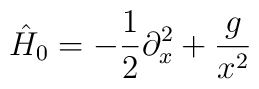
\hat{H}_0 = -\frac{1}{2} \partial_x^2 + \frac{g}{x^2}